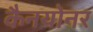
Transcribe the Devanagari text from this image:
कैनयोनर